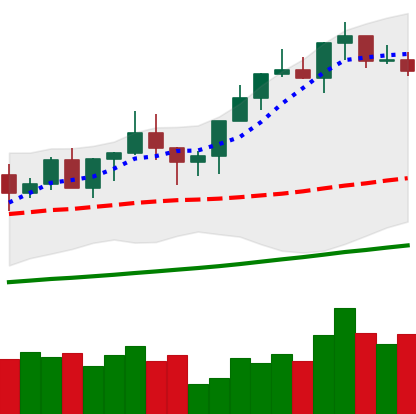
Ticker: XMR-USD
Chart end date: 2020-12-20
Forward return: 4.439%
Label: up_3_5